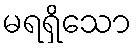
မရရှိသော